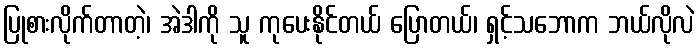
ပြုစားလိုက်တာတဲ့၊ အဲဒါကို သူ ကုပေးနိုင်တယ် ပြောတယ်၊ ရှင့်သဘောက ဘယ်လိုလဲ